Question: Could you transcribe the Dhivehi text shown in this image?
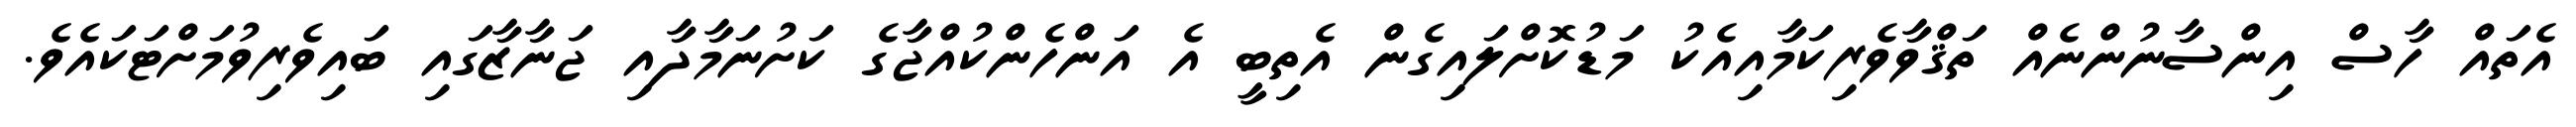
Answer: އެތައް ހާސް އިންސާނުންނެއް ތަޤްވާވެރިކަމާއިއެކު މަޑުކޮށްލައިގެން އެތިބީ އެ އަންހެންކުއްޖާގެ ކަށުނަމާދާއި ޖަނާޒާގައި ބައިވެރިވުމަށްޓަކައެވެ.